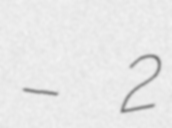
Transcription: – 2